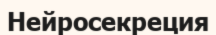
Нейросекреция